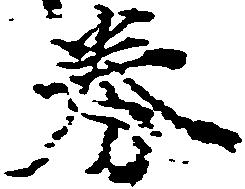
券